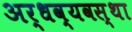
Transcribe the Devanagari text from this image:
अर्धव्यवस्था